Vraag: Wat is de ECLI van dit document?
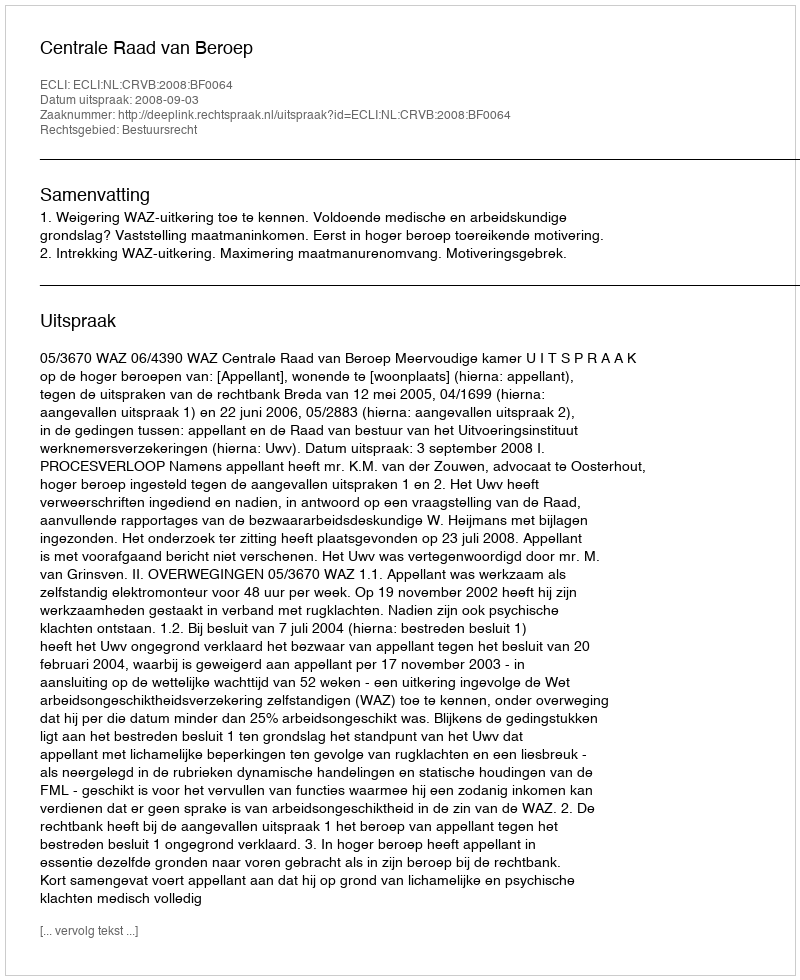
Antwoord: ECLI:NL:CRVB:2008:BF0064